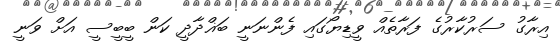
އިރާގު ސަރުކާރުގެ ފަރާތެއް ވީޑިޔޯގައި ފެންނަނީ ބަޣްދާދީ ކަން ބީބީސީ އަށް ވަނީ